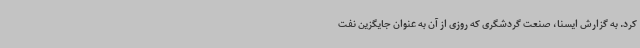
کرد. به گزارش ایسنا، صنعت گردشگری که روزی از آن به عنوان جایگزین نفت